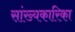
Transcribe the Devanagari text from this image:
सांख्‍यकारिका